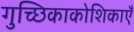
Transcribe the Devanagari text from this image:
गुच्छिकाकोशिकाएँ